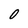
Character: O